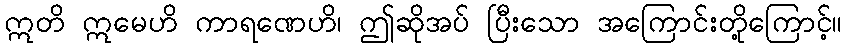
ဣတိ ဣမေဟိ ကာရဏေဟိ၊ ဤဆိုအပ် ပြီးသော အကြောင်းတို့ကြောင့်။